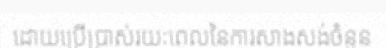
ដោយប្រើប្រាស់រយៈពេលនៃការសាងសង់ចំនួន